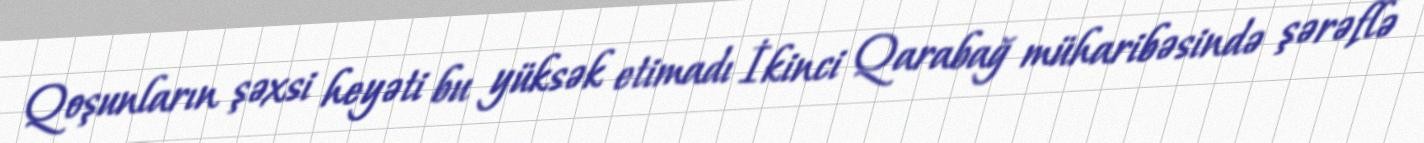
Qoşunların şəxsi heyəti bu yüksək etimadı İkinci Qarabağ müharibəsində şərəflə